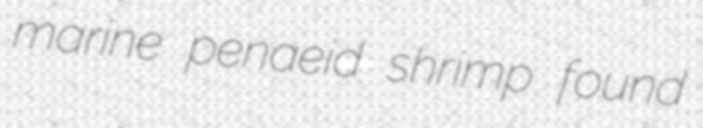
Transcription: marine penaeid shrimp found